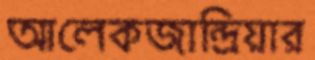
আলেকজান্দ্রিয়ার